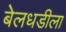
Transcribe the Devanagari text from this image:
बेलधडीला